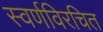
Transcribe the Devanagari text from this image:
स्वर्णविरचित